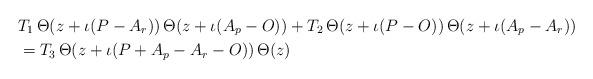
LaTeX: \begin{align*} &T_1 \, \Theta(z+\iota(P-A_r)) \, \Theta(z+\iota(A_p-O)) + T_2 \, \Theta(z+\iota(P-O)) \, \Theta(z+\iota(A_p-A_r))\, \\ &= T_3 \, \Theta(z+\iota(P+A_p-A_r-O)) \, \Theta(z) \, \end{align*}